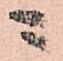
ニ